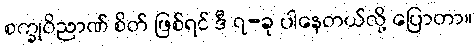
စက္ခုဝိညာဏ် စိတ် ဖြစ်ရင် ဒီ ၇-ခု ပါနေတယ်လို့ ပြောတာ။